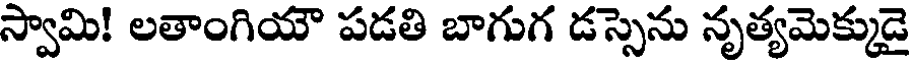
స్వామి! లతాంగియౌ పడతి బాగుగ డస్సెను నృత్యమెక్కుడై